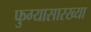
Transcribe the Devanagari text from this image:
फुग्यासारख्या